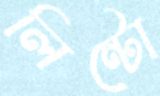
লিন্টো